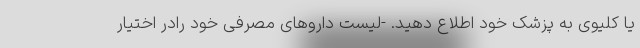
یا کلیوی به پزشک خود اطلاع دهید. -لیست داروهای مصرفی خود رادر اختیار